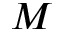
M